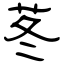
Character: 苳